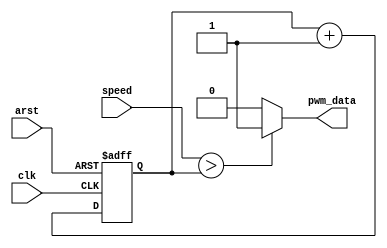
/*--  *******************************************************
--  Computer Architecture Course, Laboratory Sources 
--  Amirkabir University of Technology (Tehran Polytechnic)
--  Department of Computer Engineering (CE-AUT)
--  https://ce[dot]aut[dot]ac[dot]ir
--  *******************************************************
--  All Rights reserved (C) 2019-2020
--  *******************************************************
--  Student ID  : 
--  Student Name: 
--  Student Mail: 
--  *******************************************************
--  Additional Comments:
--
--*/

/*-----------------------------------------------------------
---  Module Name: Fan Speed (PWM)
---  Description: Module3: 
-----------------------------------------------------------*/
`timescale 1 ns/1 ns

module FanSpeed (
	input        arst     , // reset [asynch]  
	input        clk      , // clock [posedge] 
	input  [7:0] speed    , // speed [duty-cycle]  
	output       pwm_data   // data  [output]
);

reg [7:0] state ;
initial state <= 8'b00000000;
always @(posedge clk or posedge arst ) 
	begin
		if(arst) 
			begin  
				state <= 8'b00000000;
			end
		else
			begin
				state <= state + 8'b00000001; 
			end
	end
assign pwm_data = (speed > state ? 1'b1 : 1'b0) ;

endmodule